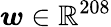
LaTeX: \boldsymbol w\in\mathbb{R}^{208}